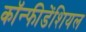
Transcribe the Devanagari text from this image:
कॉन्फीडेंशियल